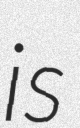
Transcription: is